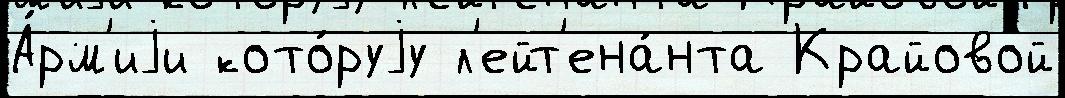
А́рм'иjи кото́руjу л'ейт'ена́нта Крайовой